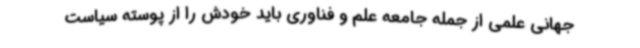
جهانی علمی از جمله جامعه علم و فناوری باید خودش را از پوسته سیاست